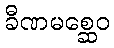
ခီဏမစ္ဆေဝ